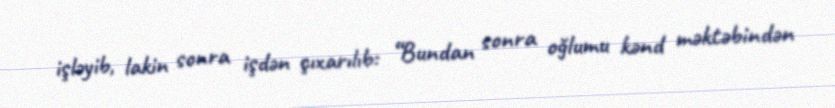
işləyib, lakin sonra işdən çıxarılıb: “Bundan sonra oğlumu kənd məktəbindən